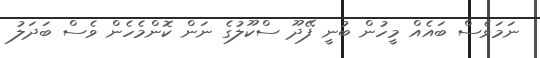
ނަމަވެސް ބައެއް މީހުން ބުނީ ފޭދޫ ސްކޫލުގެ ނަން ކޮންމެހެން ވެސް ބަދަލު